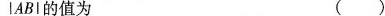
|AB|的值为 ( )